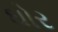
ઘોર